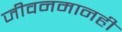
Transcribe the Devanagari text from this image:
जीवनमानही